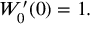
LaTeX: W _ { 0 } ^ { \prime } ( 0 ) = 1 .